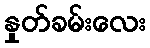
နှုတ်ခမ်းလေး